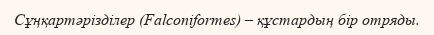
Сұңқартәрізділер (Falconiformes) – құстардың бір отряды.